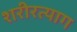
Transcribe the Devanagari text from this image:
शरीरत्याग